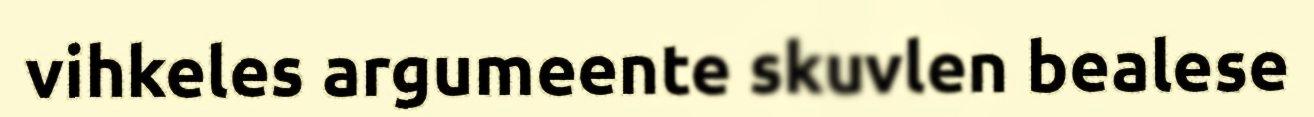
vihkeles argumeente skuvlen bealese